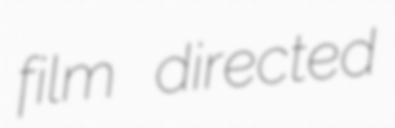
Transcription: film directed